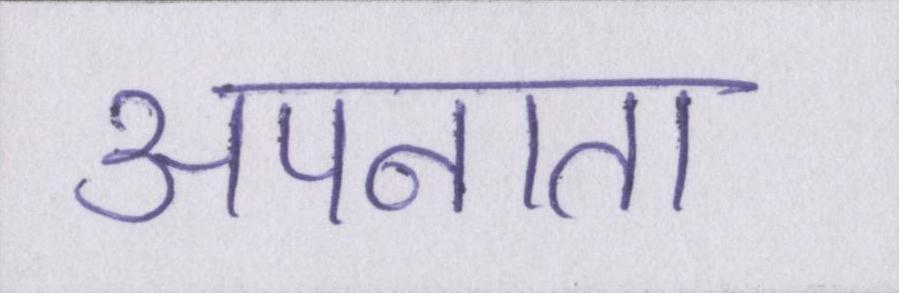
अपनाता